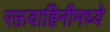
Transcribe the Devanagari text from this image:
रक्तवाहिनीमध्ये